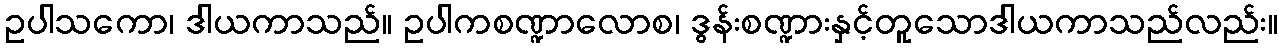
ဥပါသကော၊ ဒါယကာသည်။ ဥပါကစဏ္ဍာလောစ၊ ဒွန်းစဏ္ဍားနှင့်တူသောဒါယကာသည်လည်း။